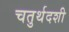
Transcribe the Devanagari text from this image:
चतुर्थदशी